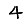
Digit: 4